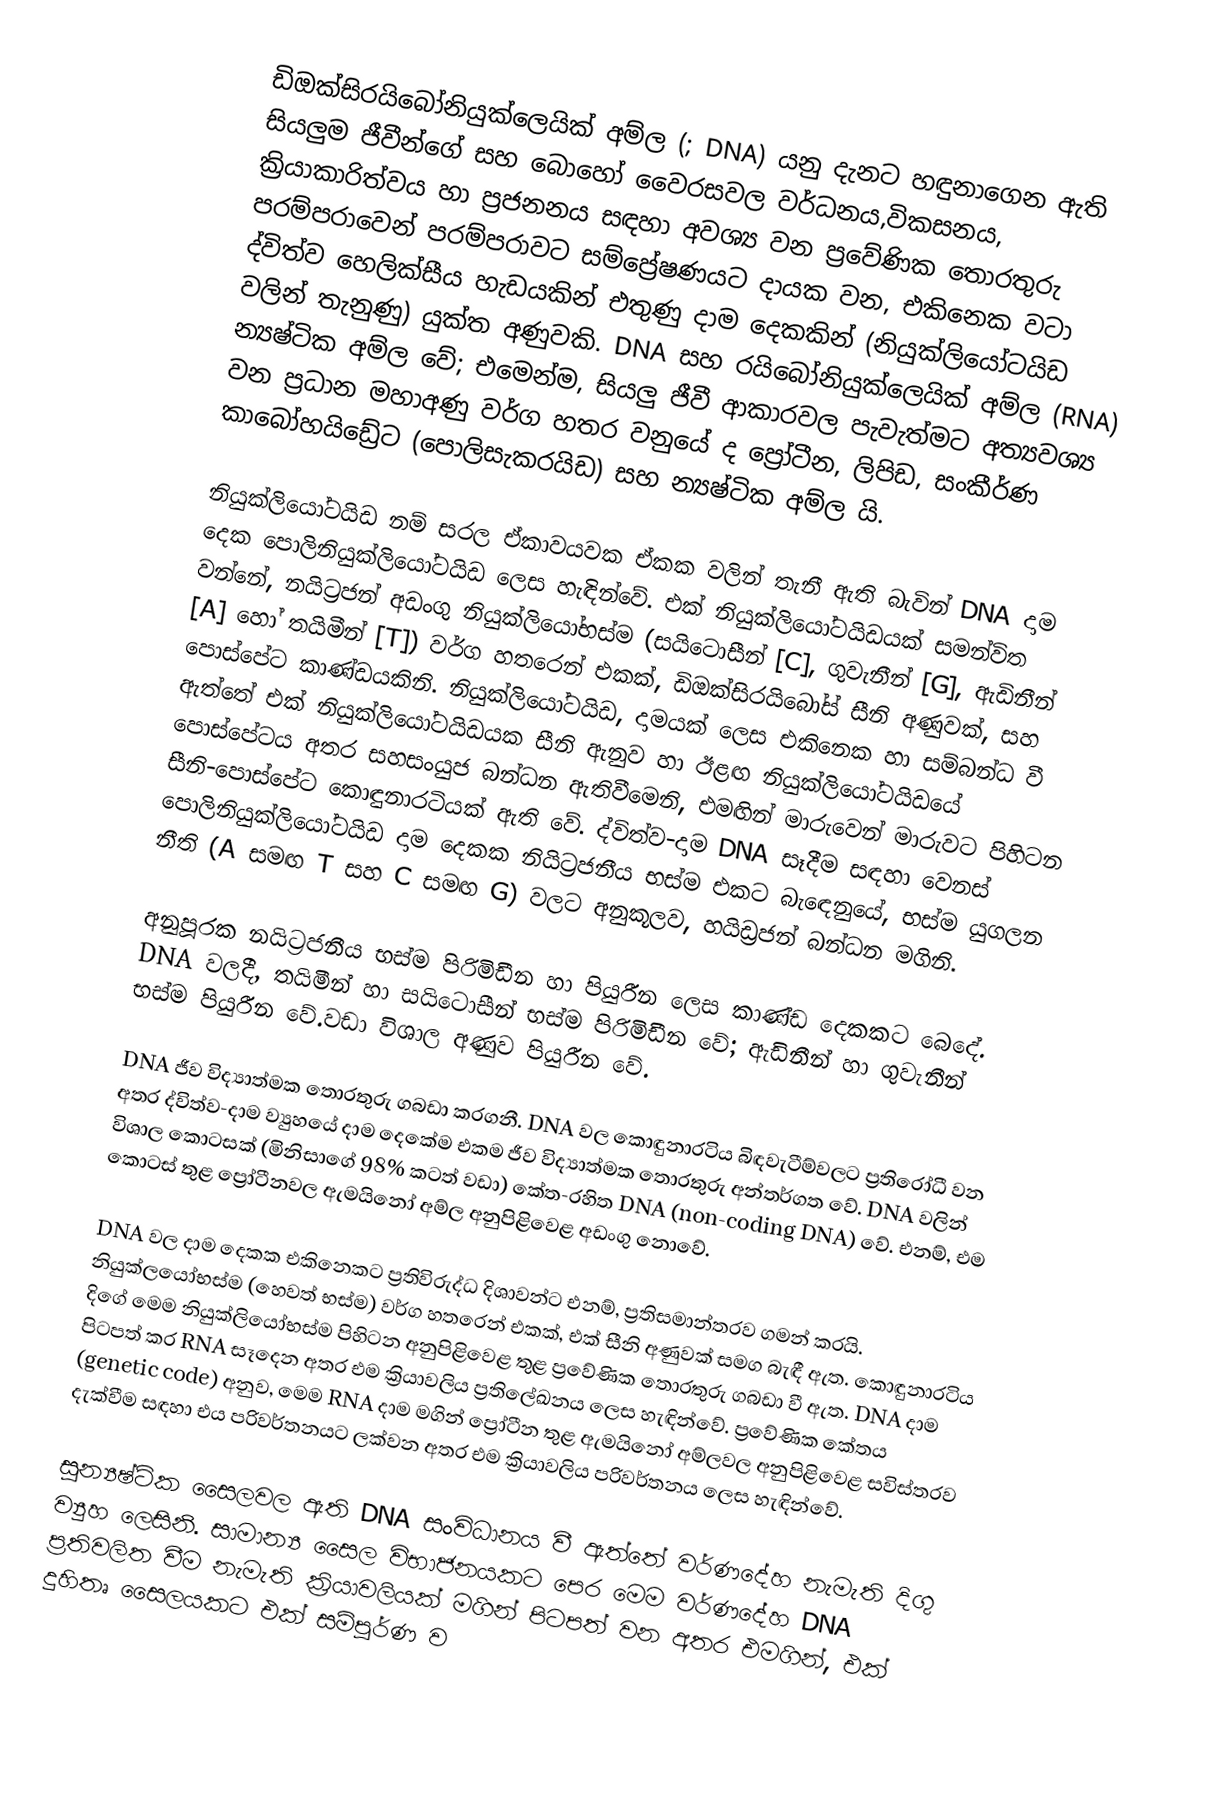
ඩිඔක්සිරයිබෝනියුක්ලෙයික් අම්ල (; DNA) යනු දැනට හඳුනාගෙන ඇති සියලුම ජීවීන්ගේ සහ බොහෝ වෛරසවල වර්ධනය,විකසනය, ක්‍රියාකාරිත්වය හා ප්‍රජනනය සඳහා අවශ්‍ය වන ප්‍රවේණික තොරතුරු පරම්පරාවෙන් පරම්පරාවට සම්ප්‍රේෂණයට දායක වන, එකිනෙක වටා ද්විත්ව හෙලික්සීය හැඩයකින් එතුණු දාම දෙකකින් (නියුක්ලියෝටයිඩ වලින් තැනුණු) යුක්ත අණුවකි. DNA සහ රයිබෝනියුක්ලෙයික් අම්ල (RNA) න්‍යෂ්ටික අම්ල වේ; එමෙන්ම, සියලු ජීවී ආකාරවල පැවැත්මට අත්‍යවශ්‍ය වන ප්‍රධාන මහාඅණු වර්ග හතර වනුයේ ද ප්‍රෝටීන, ලිපිඩ, සංකීර්ණ කාබෝහයිඩ්‍රේට (පොලිසැකරයිඩ) සහ න්‍යෂ්ටික අම්ල යි.

නියුක්ලියෝටයිඩ නම් සරල ඒකාවයවක ඒකක වලින් තැනී ඇති බැවින් DNA දාම දෙක පොලිනියුක්ලියෝටයිඩ ලෙස හැඳින්වේ. එක් නියුක්ලියෝටයිඩයක් සමන්විත වන්නේ, නයිට්‍රජන් අඩංගු නියුක්ලියෝභස්ම (සයිටොසීන් [C], ගුවැනීන් [G], ඇඩිනීන් [A] හෝ තයිමීන් [T]) වර්ග හතරෙන් එකක්, ඩිඔක්සිරයිබෝස් සීනි අණුවක්, සහ පොස්පේට කාණ්ඩයකිනි. නියුක්ලියෝටයිඩ, දාමයක් ලෙස එකිනෙක හා සම්බන්ධ වී ඇත්තේ එක් නියුක්ලියෝටයිඩයක සීනි ඇනුව හා ඊළඟ නියුක්ලියෝටයිඩයේ පොස්පේටය අතර සහසංයුජ බන්ධන ඇතිවීමෙනි, එමඟින් මාරුවෙන් මාරුවට පිහිටන සීනි-පොස්පේට කොඳුනාරටියක් ඇති වේ. ද්විත්ව-දාම DNA සෑදීම සඳහා වෙනස් පොලිනියුක්ලියෝටයිඩ දාම දෙකක නියිට්‍රජනීය භස්ම එකට බැඳෙනුයේ, භස්ම යුගලන නීති (A සමඟ T සහ C සමඟ G) වලට අනුකූලව, හයිඩ්‍රජන් බන්ධන මගිනි.

අනුපූරක නයිට්‍රජනීය භස්ම පිරිමිඩීන හා පියුරීන ලෙස කාණ්ඩ දෙකකට බෙදේ. DNA වලදී, තයිමීන් හා සයිටොසීන් භස්ම පිරිමිඩීන වේ; ඇඩිනීන් හා ගුවැනීන් භස්ම පියුරීන වේ.වඩා විශාල අණුව පියුරීන වේ.

DNA ජීව විද්‍යාත්මක තොරතුරු ගබඩා කරගනී. DNA වල කොඳුනාරටිය බිඳවැටීම්වලට ප්‍රතිරෝධී වන අතර ද්විත්ව-දාම ව්‍යුහයේ දාම දෙකේම එකම ජීව විද්‍යාත්මක තොරතුරු අන්තර්ගත වේ. DNA වලින් විශාල කොටසක් (මිනිසාගේ 98% කටත් වඩා) කේත-රහිත DNA (non-coding DNA) වේ. එනම්, එම කොටස් තුළ ප්‍රෝටීනවල ඇමයිනෝ අම්ල අනුපිළිවෙළ අඩංගු නොවේ.

DNA වල දාම දෙකක එකිනෙකට ප්‍රතිවිරුද්ධ දිශාවන්ට එනම්, ප්‍රතිසමාන්තරව ගමන් කරයි. නියුක්ලයෝභස්ම (හෙවත් භස්ම) වර්ග හතරෙන් එකක්, එක් සීනි අණුවක් සමග බැඳී ඇත. කොඳුනාරටිය දිගේ මෙම නියුක්ලියෝභස්ම පිහිටන අනුපිළිවෙළ තුළ ප්‍රවේණික තොරතුරු ගබඩා වී ඇත. DNA  දාම පිටපත් කර RNA සෑදෙන අතර එම ක්‍රියාවලිය ප්‍රතිලේඛනය ලෙස හැඳින්වේ. ප්‍රවේණික කේතය (genetic code) අනුව, මෙම RNA දාම මගින් ප්‍රෝටීන තුළ ඇමයිනෝ අම්ලවල අනුපිළිවෙළ සවිස්තරව දැක්වීම සඳහා එය පරිවර්තනයට ලක්වන අතර එම ක්‍රියාවලිය පරිවර්තනය ලෙස හැඳින්වේ.

සූන්‍යෂ්ටික සෛලවල ඇති DNA සංවිධානය වී ඇත්තේ වර්ණදේහ නැමැති දිගු ව්‍යුහ ලෙසිනි. සාමාන්‍ය සෛල විභාජනයකට පෙර මෙම වර්ණදේහ DNA ප්‍රතිවලිත වීම නැමැති ක්‍රියාවලියක් මගින් පිටපත් වන අතර එමගින්, එක් දුහිතෘ සෛලයකට එක් සම්පූර්ණ ව